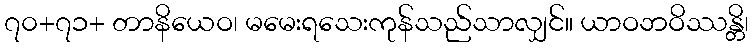
၇၀+၇၁+ တာနိယေဝ၊ မမေးရသေးကုန်သည်သာလျှင်။ ယာဝဘဝိဿန္တိ၊